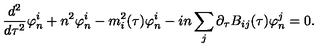
{ \frac { d ^ { 2 } } { d \tau ^ { 2 } } } \varphi _ { n } ^ { i } + n ^ { 2 } \varphi _ { n } ^ { i } - m _ { i } ^ { 2 } ( \tau ) \varphi _ { n } ^ { i } - i n \sum _ { j } \partial _ { \tau } B _ { i j } ( \tau ) \varphi _ { n } ^ { j } = 0 .